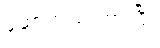
ဆောက်လုပ်ထားပြီး